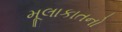
મૂલાકાતનો